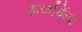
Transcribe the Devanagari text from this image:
ऊर्जाकेंद्र